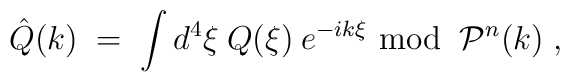
\hat{Q}(k) \;=\; \int d^4 \xi \:Q(\xi) \:e^{-ik \xi} {\mbox{ mod }}\:     {\mathcal{P}}^n(k) \;,